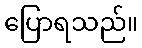
ပြောရသည်။